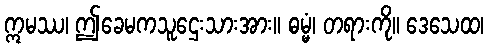
ဣမဿ၊ ဤခေမကသူဌေးသားအား။ ဓမ္မံ၊ တရားကို။ ဒေသေထ၊